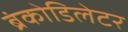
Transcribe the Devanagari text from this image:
ब्रंकोडिलेटर